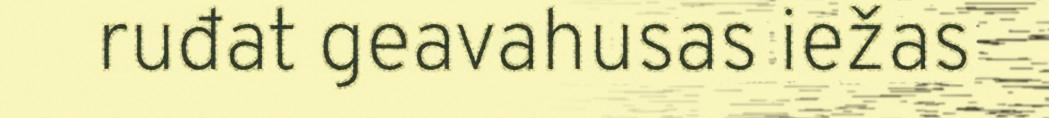
ruđat geavahusas iežas